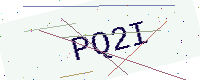
Text: PQ2I